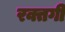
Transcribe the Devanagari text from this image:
रक्तगी